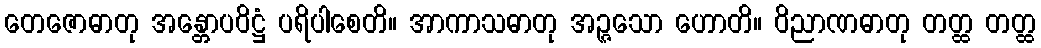
တေဇောဓာတု အန္တောပဝိဋ္ဌံ ပရိပါစေတိ။ အာကာသဓာတု အဉ္ဇသော ဟောတိ။ ဝိညာဏဓာတု တတ္ထ တတ္ထ